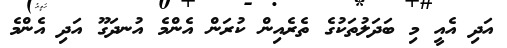
އަދި އެއީ މި ބަދަލުތަކުގެ ތެރެއިން ކުރަން އެންމެ އުނދަގޫ އަދި އެންމެ